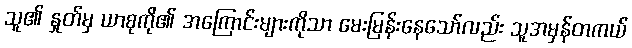
သူ၏ နှုတ်မှ ယာစုကို၏ အကြောင်းများကိုသာ မေးမြန်းနေသော်လည်း သူအမှန်တကယ်